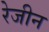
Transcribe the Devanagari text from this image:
रेजीन